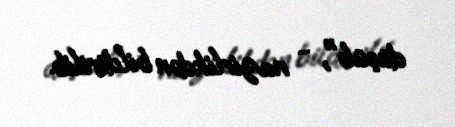
düşüb", - nazirlikdən bildirilib.